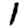
Digit: 1